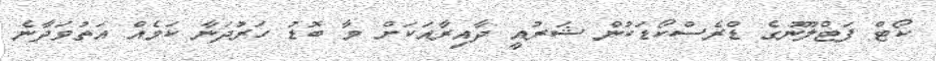
ކޯޓް ފަޓްލޫނުގެ ޑްރެސްކޯޑަކުން ޝަރުއީ ދާއިރާއަކަށް މާ ބޮޑު ހަރުދަނާ ކަމެއް އަތުވަދާނެ